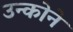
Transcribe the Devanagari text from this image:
उन्कोने